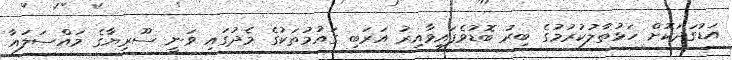
އަޑުގަދަކޮށް ހަޅުތާލުކުރުމުގެ ބިރު ބޮޑުވެފައިވާއިރު އަރަބި ގައުމުތަކުގެ މެދުގައި ވަނީ ސޫރިޔާގެ މައްސަލައާ